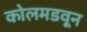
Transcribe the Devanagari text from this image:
कोलमडवून